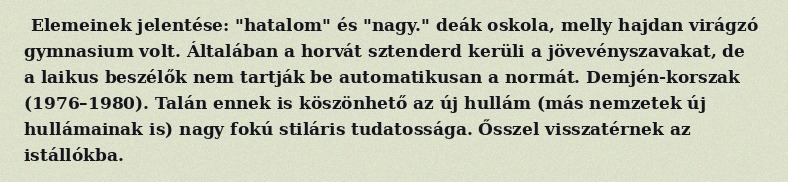
Elemeinek jelentése: "hatalom" és "nagy." deák oskola, melly hajdan virágzó gymnasium volt. Általában a horvát sztenderd kerüli a jövevényszavakat, de a laikus beszélők nem tartják be automatikusan a normát. Demjén-korszak (1976–1980). Talán ennek is köszönhető az új hullám (más nemzetek új hullámainak is) nagy fokú stiláris tudatossága. Ősszel visszatérnek az istállókba.